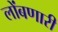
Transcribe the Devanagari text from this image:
लोंबणारी